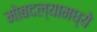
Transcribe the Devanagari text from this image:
मोबदल्यामध्ये